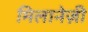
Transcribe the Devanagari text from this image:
मिलानेज़ी